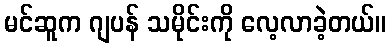
မင်ဆူက ဂျပန် သမိုင်းကို လေ့လာခဲ့တယ်။